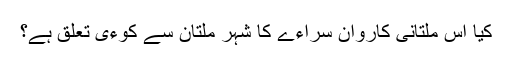
کیا اس ملتانی کاروان سراءے کا شہر ملتان سے کوءی تعلق ہے؟